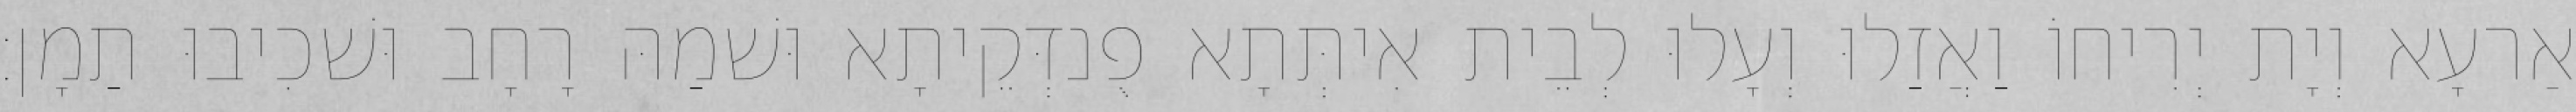
אַרעָא וְיָת יְרִיחוֹ וַאֲזַלוּ וְעָלוּ לְבֵית אִיתְּתָא פֻנדְּקֵיתָא וּשׁמַהּ רָחָב וּשׁכִיבוּ תַמָן׃